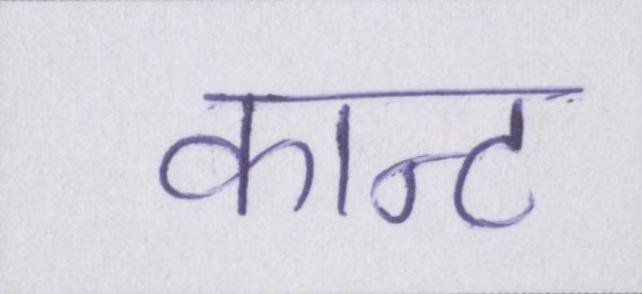
कान्ट